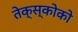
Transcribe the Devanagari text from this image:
तेक्स्कोको